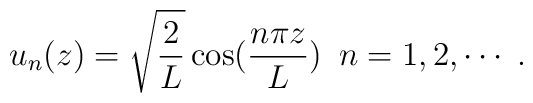
u_{n}(z)=\sqrt{\frac{2}{L}}\cos(\frac{n\pi z}{L})\,\,\, n=1,2,\cdots \;.